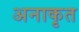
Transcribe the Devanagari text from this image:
अनाकृत